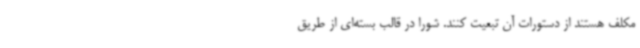
مکلف هستند از دستورات آن تبعیت کنند. شورا در قالب بسته‌ای از طریق